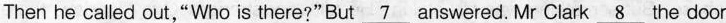
Then he called out,"Who is there?"But \underline{7} answered. Mr Clark \underline{8} the door